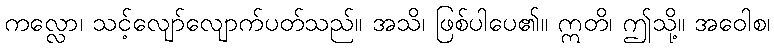
ကလ္လော၊ သင့်လျော်လျောက်ပတ်သည်။ အသိ၊ ဖြစ်ပါပေ၏။ ဣတိ၊ ဤသို့။ အဝေါစ၊